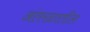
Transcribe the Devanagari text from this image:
अंतरळातील